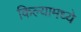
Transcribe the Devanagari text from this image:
किल्यामध्ये